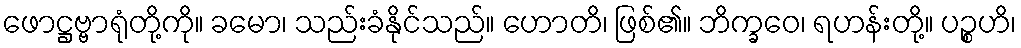
ဖောဋ္ဌဗ္ဗာရုံတို့ကို။ ခမော၊ သည်းခံနိုင်သည်။ ဟောတိ၊ ဖြစ်၏။ ဘိက္ခဝေ၊ ရဟန်းတို့။ ပဉ္စဟိ၊